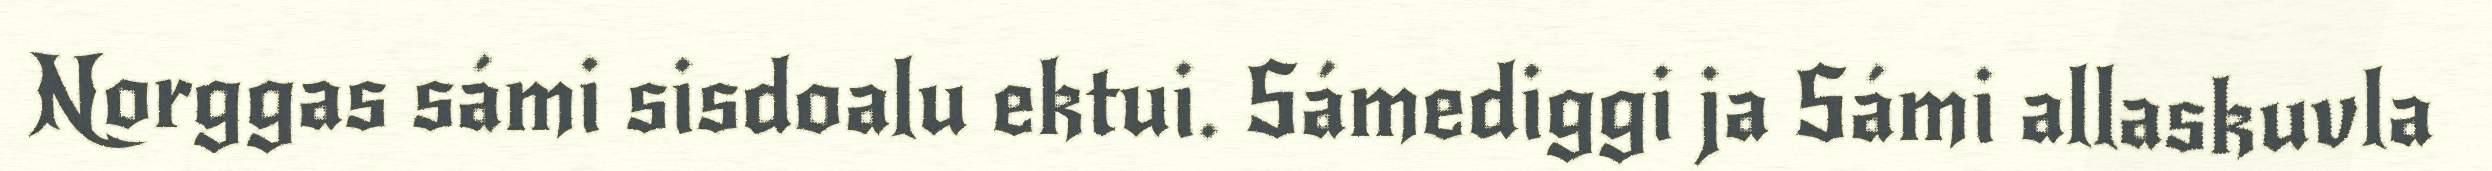
Norggas sámi sisdoalu ektui. Sámediggi ja Sámi allaskuvla